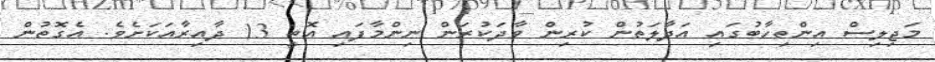
މަޖިލިސް އިންތިހާބުގައި އަދާލަތުން ކުރިން ވާދަކުރަން ނިންމާފައި އޮތީ 13 ދާއިރާއަކަށެވެ. އެގޮތުން